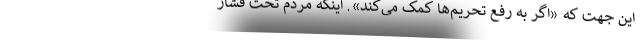
این جهت که «اگر به رفع تحریم‌ها کمک می‌کند». اینکه مردم تحت فشار